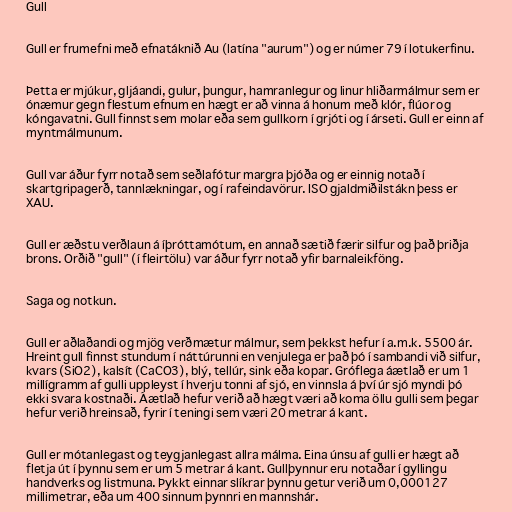
Gull

Gull er frumefni með efnatáknið Au (latína "aurum") og er númer 79 í lotukerfinu.

Þetta er mjúkur, gljáandi, gulur, þungur, hamranlegur og linur hliðarmálmur sem er
ónæmur gegn flestum efnum en hægt er að vinna á honum með klór, flúor og
kóngavatni. Gull finnst sem molar eða sem gullkorn í grjóti og í árseti. Gull er einn af
myntmálmunum.

Gull var áður fyrr notað sem seðlafótur margra þjóða og er einnig notað í
skartgripagerð, tannlækningar, og í rafeindavörur. ISO gjaldmiðilstákn þess er
XAU.

Gull er æðstu verðlaun á íþróttamótum, en annað sætið færir silfur og það þriðja
brons. Orðið "gull" (í fleirtölu) var áður fyrr notað yfir barnaleikföng.

Saga og notkun.

Gull er aðlaðandi og mjög verðmætur málmur, sem þekkst hefur í a.m.k. 5500 ár.
Hreint gull finnst stundum í náttúrunni en venjulega er það þó í sambandi við silfur,
kvars (SiO2), kalsít (CaCO3), blý, tellúr, sink eða kopar. Gróflega áætlað er um 1
millígramm af gulli uppleyst í hverju tonni af sjó, en vinnsla á því úr sjó myndi þó
ekki svara kostnaði. Áætlað hefur verið að hægt væri að koma öllu gulli sem þegar
hefur verið hreinsað, fyrir í teningi sem væri 20 metrar á kant.

Gull er mótanlegast og teygjanlegast allra málma. Eina únsu af gulli er hægt að
fletja út í þynnu sem er um 5 metrar á kant. Gullþynnur eru notaðar í gyllingu
handverks og listmuna. Þykkt einnar slíkrar þynnu getur verið um 0,000127
millimetrar, eða um 400 sinnum þynnri en mannshár.